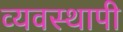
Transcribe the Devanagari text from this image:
व्यवस्थापी